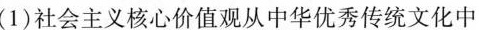
(1)社会主义核心价值观从中华优秀传统文化中